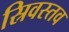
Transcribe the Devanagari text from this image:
स्रिवस्तव